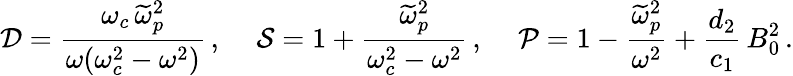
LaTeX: {\cal D}=\frac{\omega_{c}\, \widetilde{\omega}_{p}^{2}}{\omega(\omega_{c}^{2}-\omega^{2})}\, ,\, \quad{\cal S}=1+\frac{\widetilde{\omega}_{p}^{2}}{\omega_{c}^{2}-\omega^{2}}\, ,\, \quad{\cal P}=1-\frac{\widetilde{\omega}_{p}^{2}}{\omega^{2}}+\frac{d_{2}}{c_{1}}\, B_{0}^{2}\, .